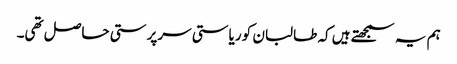
ہم یہ سمجھتے ہیں کہ طالبان کو ریاستی سرپرستی حاصل تھی۔